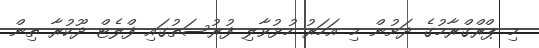
މި ޕްރްގްރާމުގެ ދަށުން މި އަހަރު ހުޅުވާލި ފުރުސަތުގައި ފްލެޓް ދޫކުރާ ތިން